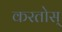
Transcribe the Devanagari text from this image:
करतोस्